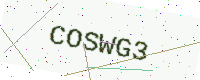
Text: COSWG3